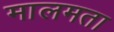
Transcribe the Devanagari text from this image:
मालमता